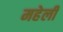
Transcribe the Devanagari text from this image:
महेली